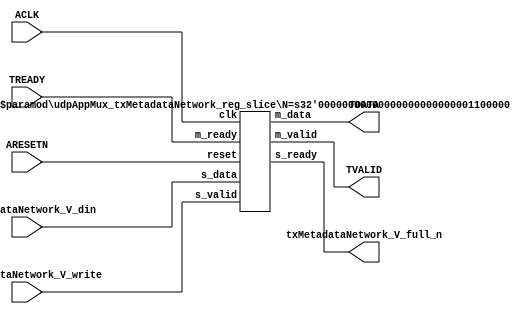
// This program was cloned from: https://github.com/mustafabbas/ECE1373_2016_hft_on_fpga
// License: MIT License

// ==============================================================
// File generated by Vivado(TM) HLS - High-Level Synthesis from C, C++ and SystemC
// Version: 2016.3
// Copyright (C) 1986-2016 Xilinx, Inc. All Rights Reserved.
// 
// ==============================================================


`timescale 1ns/1ps

module udpAppMux_txMetadataNetwork_if (
    // AXI4-Stream singals
    input  wire        ACLK,
    input  wire        ARESETN,
    output wire        TVALID,
    input  wire        TREADY,
    output wire [95:0] TDATA,
    // User signals
    input  wire [95:0] txMetadataNetwork_V_din,
    output wire        txMetadataNetwork_V_full_n,
    input  wire        txMetadataNetwork_V_write
);
//------------------------Local signal-------------------
// register slice
wire [0:0]  s_valid;
wire [0:0]  s_ready;
wire [95:0] s_data;
wire [0:0]  m_valid;
wire [0:0]  m_ready;
wire [95:0] m_data;

//------------------------Instantiation------------------
// rs
udpAppMux_txMetadataNetwork_reg_slice #(
    .N       ( 96 )
) rs (
    .clk     ( ACLK ),
    .reset   ( ARESETN ),
    .s_data  ( s_data ),
    .s_valid ( s_valid ),
    .s_ready ( s_ready ),
    .m_data  ( m_data ),
    .m_valid ( m_valid ),
    .m_ready ( m_ready )
);

//------------------------Body---------------------------
// AXI4-Stream
assign TVALID                     = m_valid;
assign TDATA                      = m_data[95:0];
// Register Slice
assign s_valid                    = txMetadataNetwork_V_write;
assign m_ready                    = TREADY;
assign s_data                     = txMetadataNetwork_V_din;
// User Signal
assign txMetadataNetwork_V_full_n = s_ready;

endmodule



`timescale 1ns/1ps

module udpAppMux_txMetadataNetwork_reg_slice
#(parameter
    N = 8   // data width
) (
    // system signals
    input  wire         clk,
    input  wire         reset,
    // slave side
    input  wire [N-1:0] s_data,
    input  wire         s_valid,
    output wire         s_ready,
    // master side
    output wire [N-1:0] m_data,
    output wire         m_valid,
    input  wire         m_ready
);
//------------------------Parameter----------------------
// state
localparam [1:0]
    ZERO = 2'b10,
    ONE  = 2'b11,
    TWO  = 2'b01;
//------------------------Local signal-------------------
reg  [N-1:0] data_p1;
reg  [N-1:0] data_p2;
wire         load_p1;
wire         load_p2;
wire         load_p1_from_p2;
reg          s_ready_t;
reg  [1:0]   state;
reg  [1:0]   next;
//------------------------Body---------------------------
assign s_ready = s_ready_t;
assign m_data  = data_p1;
assign m_valid = state[0];

assign load_p1 = (state == ZERO && s_valid) ||
                 (state == ONE && s_valid && m_ready) ||
                 (state == TWO && m_ready);
assign load_p2 = s_valid & s_ready;
assign load_p1_from_p2 = (state == TWO);

// data_p1
always @(posedge clk) begin
    if (load_p1) begin
        if (load_p1_from_p2)
            data_p1 <= data_p2;
        else
            data_p1 <= s_data;
    end
end

// data_p2
always @(posedge clk) begin
    if (load_p2) data_p2 <= s_data;
end

// s_ready_t
always @(posedge clk) begin
    if (~reset)
        s_ready_t <= 1'b0;
    else if (state == ZERO)
        s_ready_t <= 1'b1;
    else if (state == ONE && next == TWO)
        s_ready_t <= 1'b0;
    else if (state == TWO && next == ONE)
        s_ready_t <= 1'b1;
end

// state
always @(posedge clk) begin
    if (~reset)
        state <= ZERO;
    else
        state <= next;
end

// next
always @(*) begin
    case (state)
        ZERO:
            if (s_valid & s_ready)
                next = ONE;
            else
                next = ZERO;
        ONE:
            if (~s_valid & m_ready)
                next = ZERO;
            else if (s_valid & ~m_ready)
                next = TWO;
            else
                next = ONE;
        TWO:
            if (m_ready)
                next = ONE;
            else
                next = TWO;
        default:
            next = ZERO;
    endcase
end

endmodule